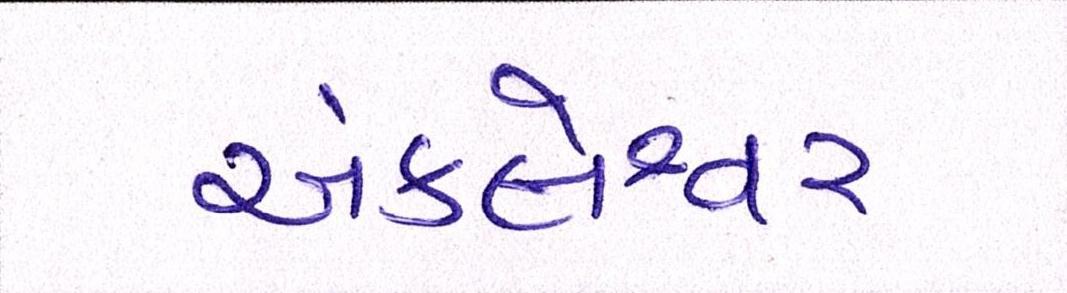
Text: અંકલેશ્વર